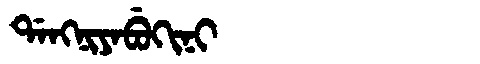
Manchu: ᡩᠠᠩᠨᡳᠶᠠᠪᡠᡴᡳᠨᡳ
Romanization: DANGNIYABUKINI